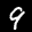
Label: 9